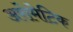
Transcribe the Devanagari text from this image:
अरोमेटिक